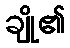
ချို၏